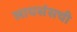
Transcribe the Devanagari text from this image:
लायसंसची